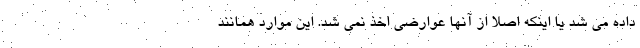
داده می شد یا اینکه اصلا از آنها عوارضی اخذ نمی شد. این موارد همانند